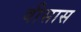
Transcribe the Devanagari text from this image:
वीसास